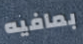
بمافيه